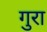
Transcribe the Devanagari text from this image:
गुरा